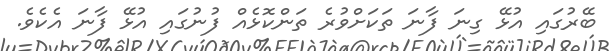
ބޭރުގައި އުޅޭ ގިނަ ފާނަ ތަކަށްވުރެ ތަންކޮޅެއް ފުނުގައި އުޅޭ ފާނަ އެކެވެ.